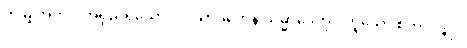
ဤမျှအတိုင်းအရှည်ရှိသော “ပါသာဒိကေန သမ္မာဒေတု” ဟူသော စကားဖြင့်။